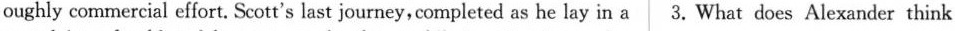
oughly commercial effort. Scott's last journey,completed as he lay in a 3. What does Alexander think